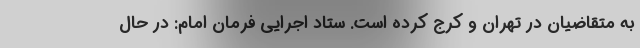
به متقاضیان در تهران و کرج کرده است. ستاد اجرایی فرمان امام: در حال